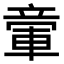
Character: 𥪠